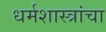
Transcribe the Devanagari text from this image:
धर्मशास्त्रांचा